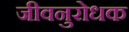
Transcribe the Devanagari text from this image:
जीवनुरोधक